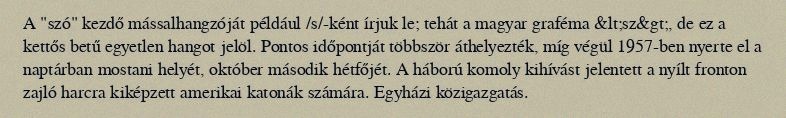
A "szó" kezdő mássalhangzóját például /s/-ként írjuk le; tehát a magyar graféma &lt;sz&gt;, de ez a kettős betű egyetlen hangot jelöl. Pontos időpontját többször áthelyezték, míg végül 1957-ben nyerte el a naptárban mostani helyét, október második hétfőjét. A háború komoly kihívást jelentett a nyílt fronton zajló harcra kiképzett amerikai katonák számára. Egyházi közigazgatás.